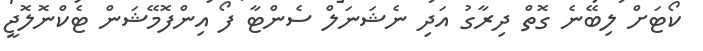
ކޯޓަށް ލިބޭނެ ގޮތް ދިރާގު އަދި ނެޝަނަލް ސެންޓާ ފޯ އިންފޮމޭޝަން ޓެކްނޮލޮޖީ